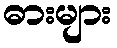
ဓားများ